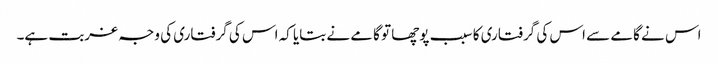
اس نے گامے سے اس کی گرفتاری کا سبب پوچھا تو گامے نے بتایا کہ اس کی گرفتاری کی وجہ غربت ہے۔